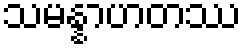
သမန္နာဟတဿ